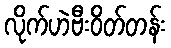
လိုက်ဟဲဗီးဝိတ်တန်း